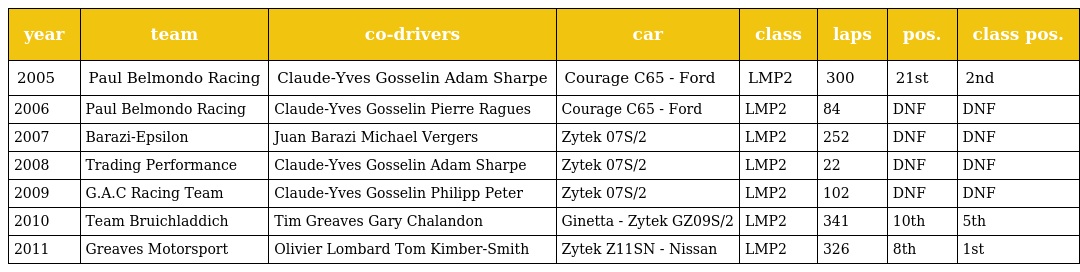
| year | team | co-drivers | car | class | laps | pos. | class pos. |
 | --- | --- | --- | --- | --- | --- | --- | --- |
 | 2005 | Paul Belmondo Racing | Claude-Yves Gosselin Adam Sharpe | Courage C65 - Ford | LMP2 | 300 | 21st | 2nd |
 | 2006 | Paul Belmondo Racing | Claude-Yves Gosselin Pierre Ragues | Courage C65 - Ford | LMP2 | 84 | DNF | DNF |
 | 2007 | Barazi-Epsilon | Juan Barazi Michael Vergers | Zytek 07S/2 | LMP2 | 252 | DNF | DNF |
 | 2008 | Trading Performance | Claude-Yves Gosselin Adam Sharpe | Zytek 07S/2 | LMP2 | 22 | DNF | DNF |
 | 2009 | G.A.C Racing Team | Claude-Yves Gosselin Philipp Peter | Zytek 07S/2 | LMP2 | 102 | DNF | DNF |
 | 2010 | Team Bruichladdich | Tim Greaves Gary Chalandon | Ginetta - Zytek GZ09S/2 | LMP2 | 341 | 10th | 5th |
 | 2011 | Greaves Motorsport | Olivier Lombard Tom Kimber-Smith | Zytek Z11SN - Nissan | LMP2 | 326 | 8th | 1st |